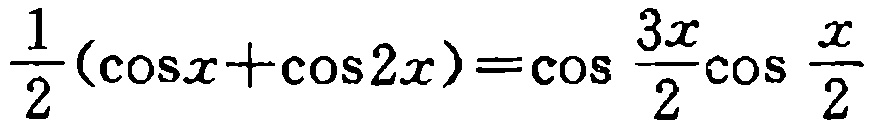
$\frac{1}{2}(\cos x+\cos 2x)=\cos \frac{3x}{2}\cos \frac{x}{2}$